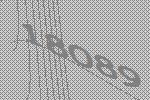
18089